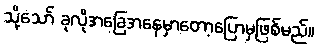
သို့သော် ခုလိုအခြေအနေမှာတော့ပြောမှဖြစ်မည်။